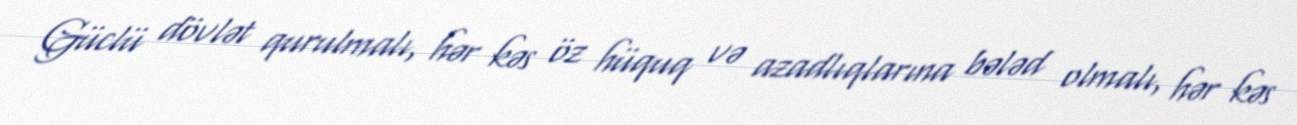
Güclü dövlət qurulmalı, hər kəs öz hüquq və azadlıqlarına bələd olmalı, hər kəs